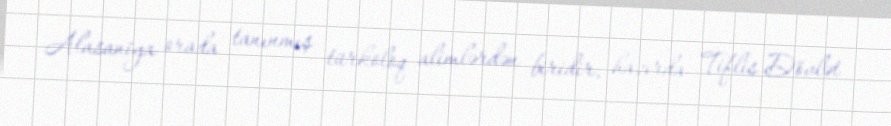
Alasaniya orada tanınmış türkoloq alimlərdən biridir, hazırda Tiflis Dövlət